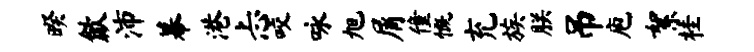
暌歙沛幕港忐咬咏旭屑僮慨充族朕吊庖絮桂